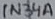
Text: 1N34A